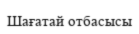
Шағатай отбасысы